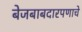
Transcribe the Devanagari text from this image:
बेजबाबदारपणाचे